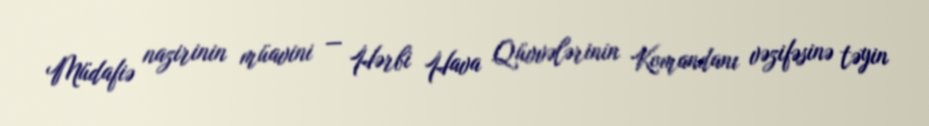
Müdafiə nazirinin müavini — Hərbi Hava Qüvvələrinin Komandanı vəzifəsinə təyin